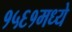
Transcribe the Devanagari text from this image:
१५६१मध्ये